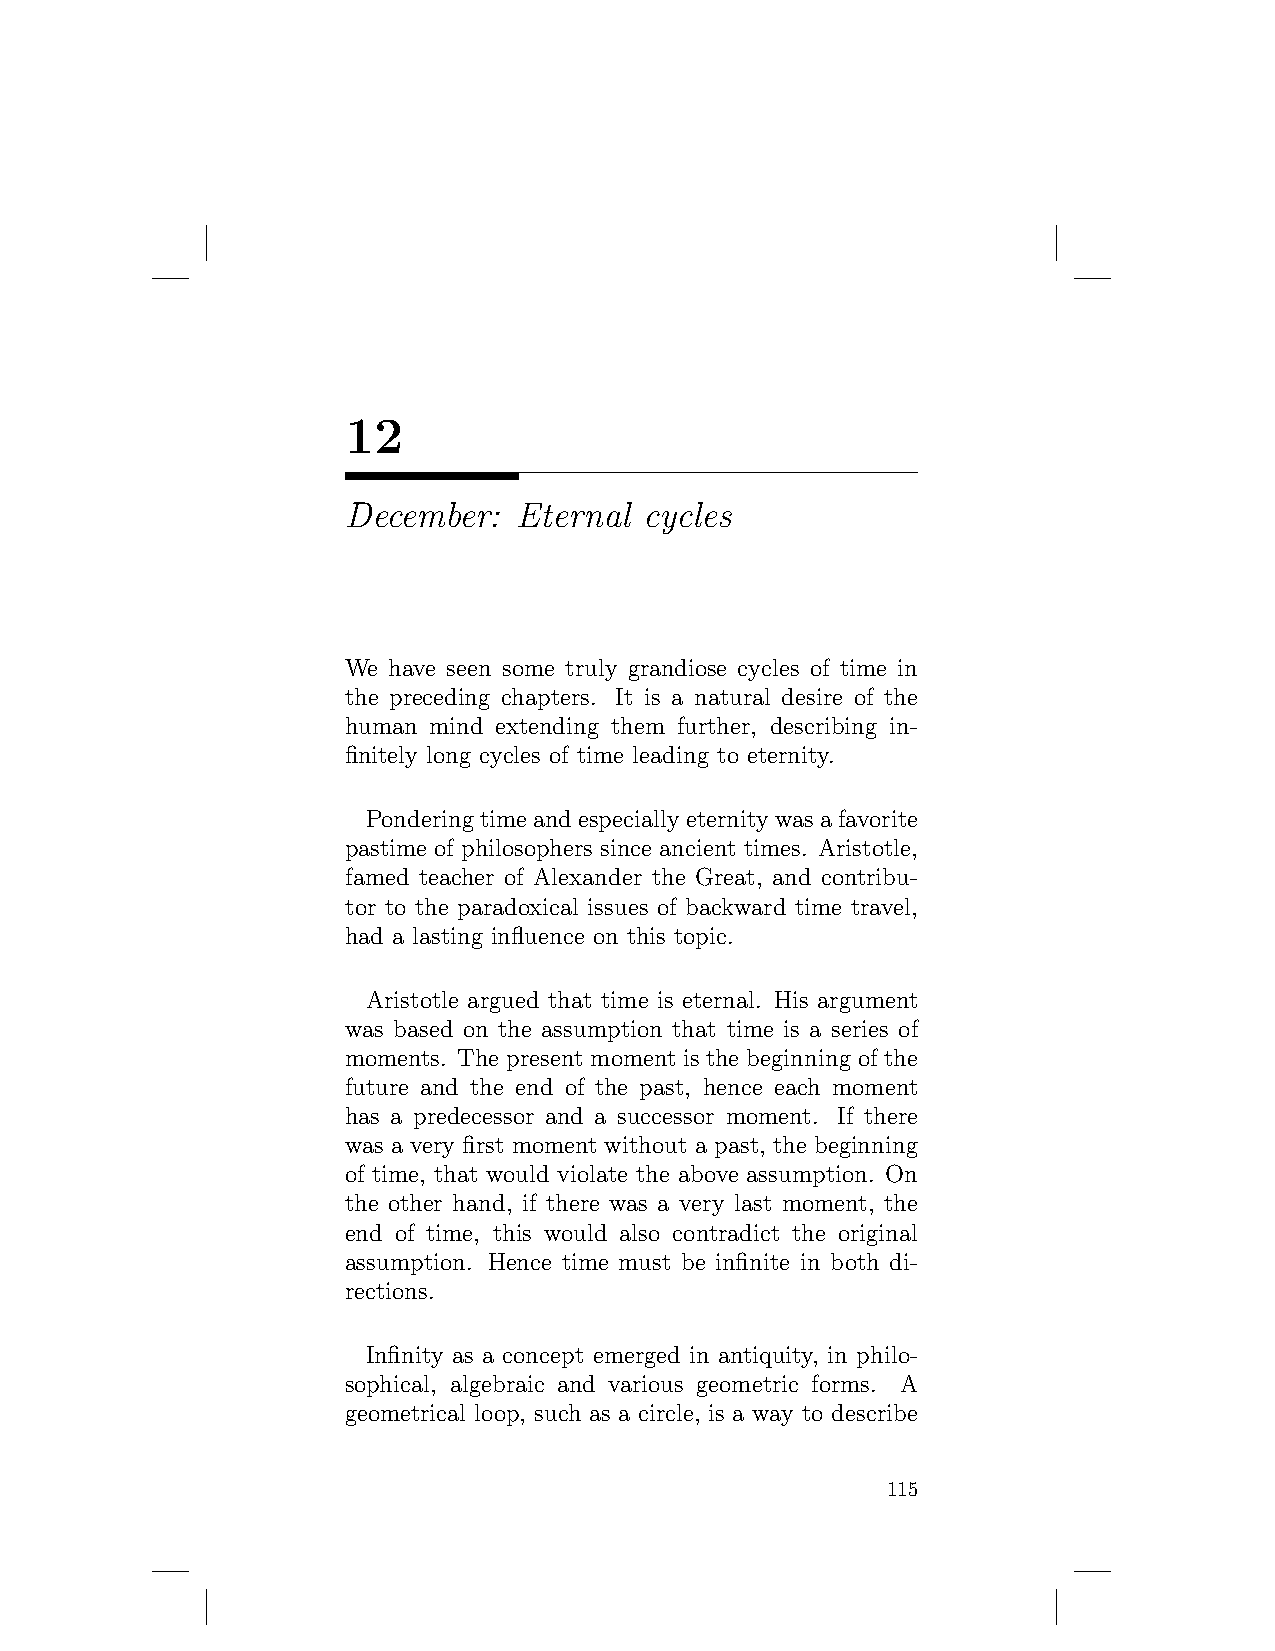
12
 December:  Eternal  cycles
 We have seen some truly grandiose cycles of time in
 the preceding chapters. It is a natural desire of the
 human mind extending them further, describing in-
 finitely long cycles of time leading to eternity.
 Ponderingtimeandespeciallyeternitywasafavorite
 pastime of philosophers since ancient times. Aristotle,
 famed teacher of Alexander the Great, and contribu-
 tor to the paradoxical issues of backward time travel,
 had a lasting influence on this topic.
 Aristotle argued that time is eternal. His argument
 was based on the assumption that time is a series of
 moments. The present moment is the beginning of the
 future and the end of the past, hence each moment
 has a predecessor and a successor moment. If there
 was a very first moment without a past, the beginning
 of time, that would violate the above assumption. On
 the other hand, if there was a very last moment, the
 end of time, this would also contradict the original
 assumption. Hence time must be infinite in both di-
 rections.
 Infinity as a concept emerged in antiquity, in philo-
 sophical, algebraic and various geometric forms. A
 geometrical loop, such as a circle, is a way to describe
 115